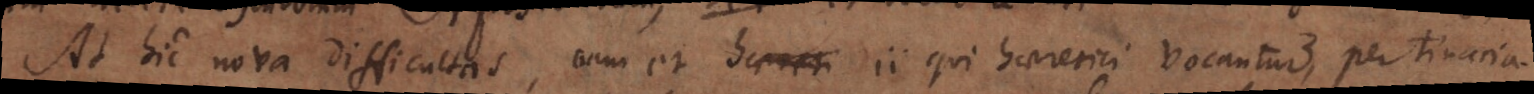
At hic nova difficultas, nam et haereti ii qui haeretici vocantur, pertinacia